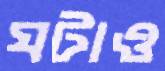
ঘটাও